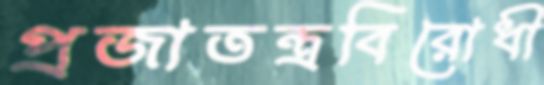
প্রজাতন্ত্রবিরোধী